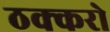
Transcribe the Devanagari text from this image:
ठक्करो